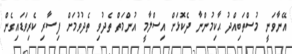
އޭނާވަނީ މުސްތަބިއްދު ޙާކިމުންނާ ދެކޮޅަށް އިސްލާމީ އުންމަތް ތެދުވި ތެދުވުމަށް ފިސާރި ކެރިވަޑައިގެން